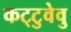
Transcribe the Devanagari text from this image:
कट्‌टुवेवु